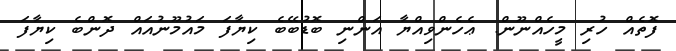
ފޮތެއް ހުރި މީހެއްނޫން. ޢެހެންވިއްޔާ އަންނި ބޮޑުބޭބެ ކިޔާފަ މައުމޫނުއައް ދޮންބެ ކިޔާފަ